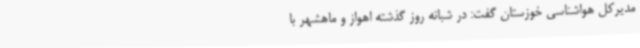
مدیرکل هواشناسی خوزستان گفت: در شبانه روز گذشته اهواز و ماهشهر با